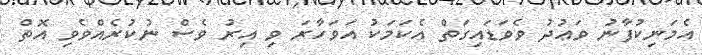
އެމަނިކުފާނު ވަޢުދު ވެވަޑައިގަތް އެކަމަކު އަވަހާރަ ވި އިރު ވެސް ނުކުރެއްވެވި އޮތް